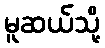
မူဆယ်သို့